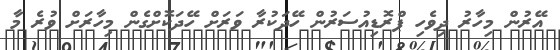
އޭރުން މިހާރު ދިވެހި ޕްރޮޑިއުސަރުން ހޭދަކުރާ ވަރަށް ހޭދަކޮށްގެން މިހާރަށް ވުރެ މާ